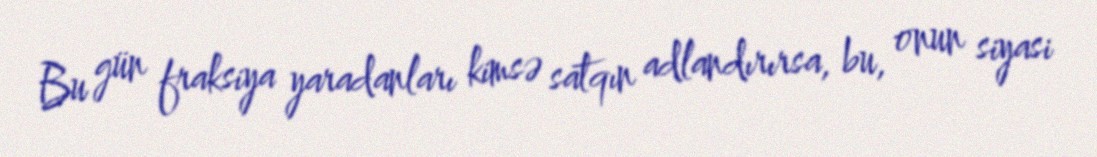
Bu gün fraksiya yaradanları kimsə satqın adlandırırsa, bu, onun siyasi